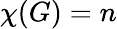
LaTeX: \chi(G)=n